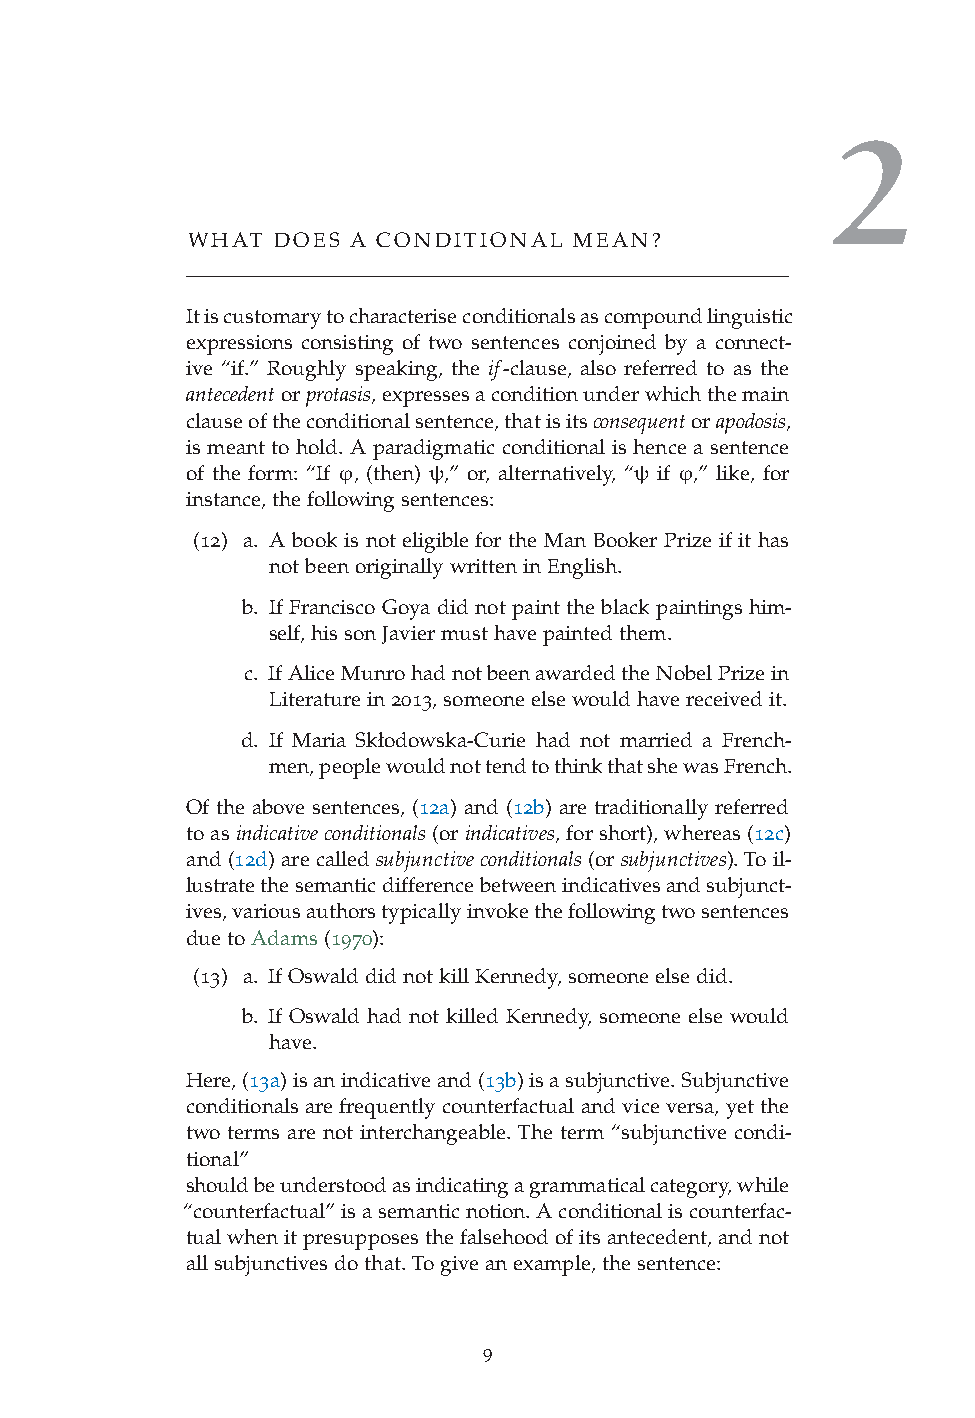
2
 WHAT  DOES A CONDITIONAL  MEAN?
 Itiscustomarytocharacteriseconditionalsascompoundlinguistic
 expressions consisting of two sentences conjoined by a connect-
 ive “if.” Roughly speaking, the if-clause, also referred to as the
 antecedentorprotasis,expressesaconditionunderwhichthemain
 clauseoftheconditionalsentence,thatisitsconsequentorapodosis,
 is meant to hold. A paradigmatic conditional is hence a sentence
 of the form: “If ϕ, (then) ψ,” or, alternatively, “ψ if ϕ,” like, for
 instance,thefollowingsentences:
 (12) a. A book is not eligible for the Man Booker Prize if it has
 notbeenoriginallywritteninEnglish.
 b. If Francisco Goya did not paint the black paintings him-
 self,hissonJaviermusthavepaintedthem.
 c. IfAliceMunrohadnotbeenawardedtheNobelPrizein
 Literaturein2013,someoneelsewouldhavereceivedit.
 d. If Maria Skłodowska-Curie had not married a French-
 men,peoplewouldnottendtothinkthatshewasFrench.
 Of the above sentences, (12a) and (12b) are traditionally referred
 toasindicativeconditionals(orindicatives,forshort),whereas(12c)
 and(12d)arecalledsubjunctiveconditionals(orsubjunctives).Toil-
 lustratethesemanticdifferencebetweenindicativesandsubjunct-
 ives,variousauthorstypicallyinvokethefollowingtwosentences
 duetoAdams(1970):
 (13) a. IfOswalddidnotkillKennedy,someoneelsedid.
 b. If Oswald had not killed Kennedy, someone else would
 have.
 Here,(13a)isanindicativeand(13b)isasubjunctive.Subjunctive
 conditionals are frequently counterfactual and vice versa, yet the
 two terms are not interchangeable. The term “subjunctive condi-
 tional”
 shouldbeunderstoodasindicatingagrammaticalcategory,while
 “counterfactual”isasemanticnotion.Aconditionaliscounterfac-
 tualwhenitpresupposesthefalsehoodofitsantecedent,andnot
 allsubjunctivesdothat.Togiveanexample,thesentence:
 9